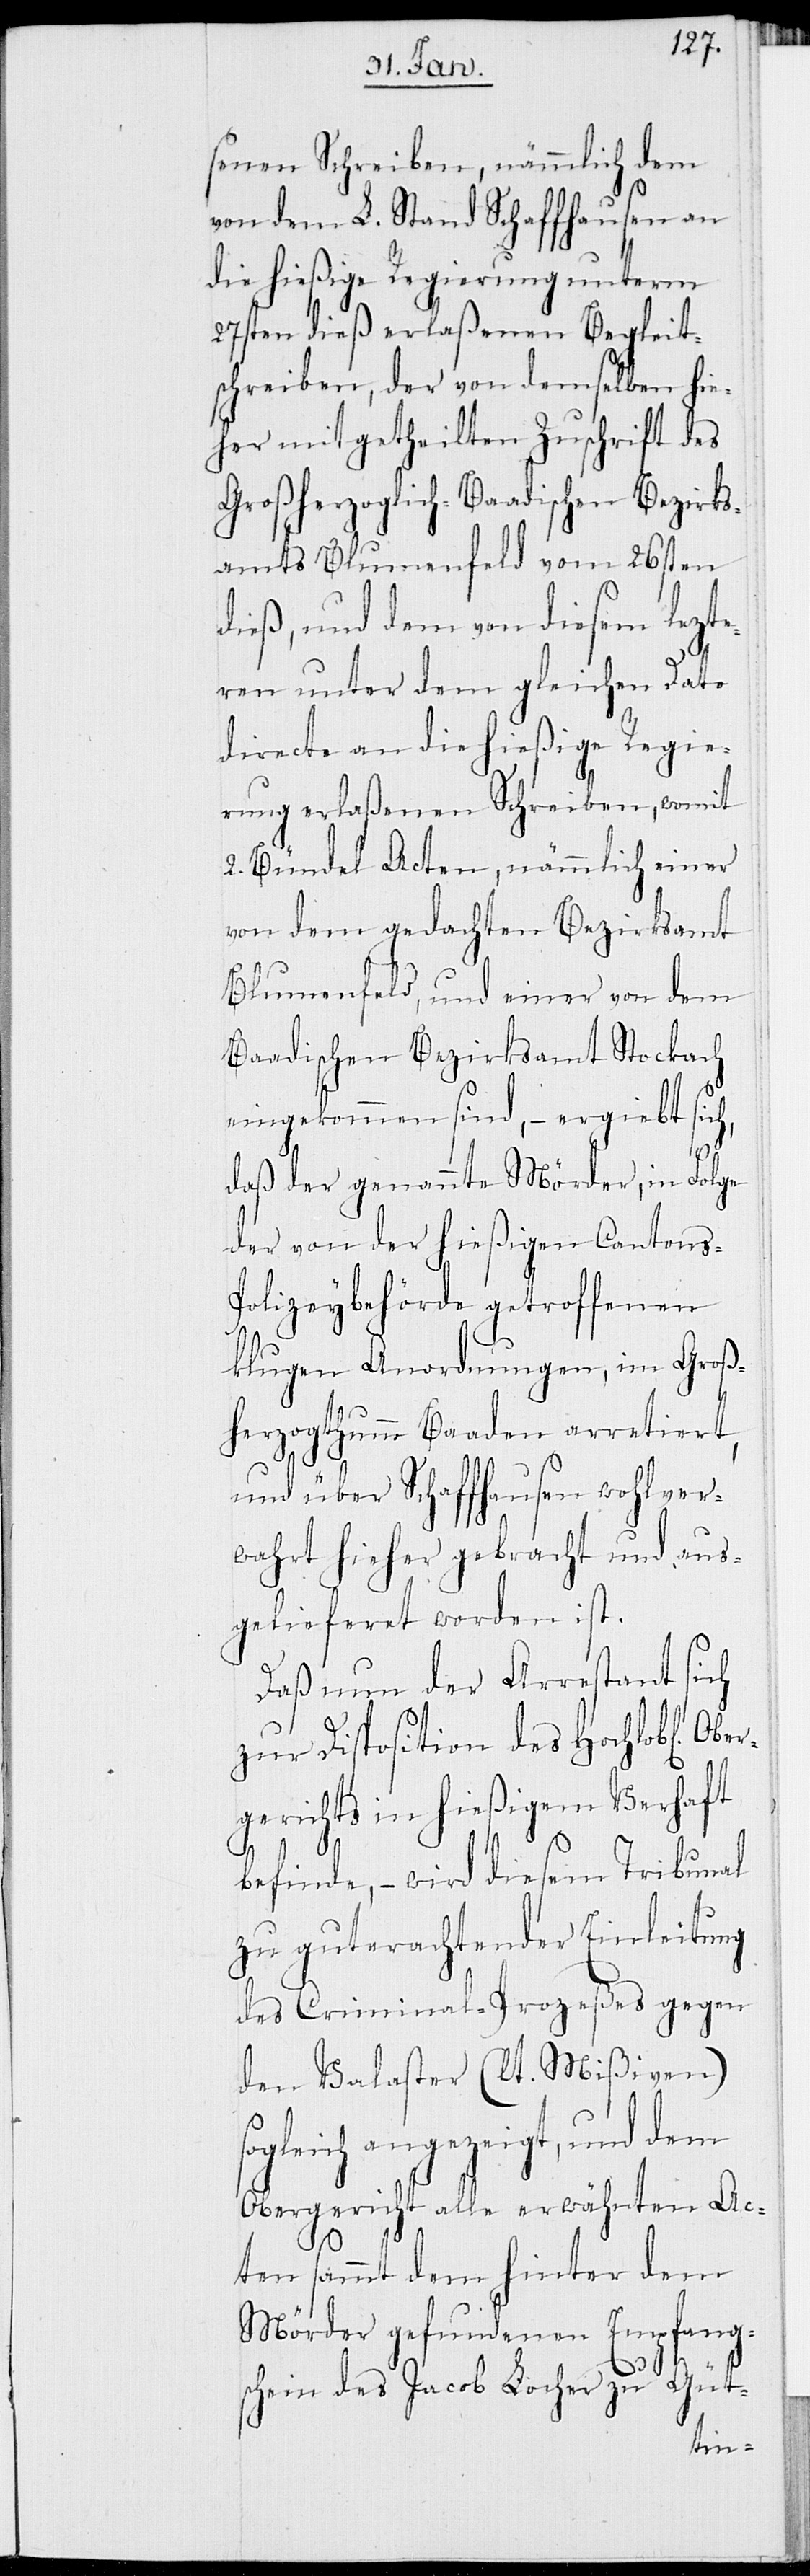
senen Schreiben, nämmlich dem
von dem L. Stand Schaffhausen an
die hießige Regierung unterm
27sten dieß erlaßenen Begleit¬
schreiben, der von demselben hie¬
her mitgetheilten Zuschrift des
Großherzoglich-Baadischen Bezirks¬
amts Blumenfeld vom 26sten
dieß, und dem von diesem lezte¬
ren unter dem gleichen Dato
directe an die hießige Regie¬
rung erlaßenen Schreiben, womit
2. Bündel Acten, nämmlich einer
von dem gedachten Bezirksamt
Blumenfeld, und einer von dem
Baadischen Bezirksamt Stockach
eingekommen sind, – ergiebt sic¬
er¬
daß der genannte Mörder, in Folge
der von der hießigen Cantons-P¬
olizeybehörde getroffenen
klugen Anordnungen, im Groß¬
herzogthum Baaden arretiert,
und über Schaffhausen wohlver¬
wahrt hieher gebracht und aus¬
gelieferet worden ist.
Daß nun der Arrestant sich
zur Disposition des Hochlob[liche¬
gerichts in hießigem Verhaft
befinde, – wird diesem Tribunal
zu guterachtender Einleitung
des Criminal-Prozeßes gegen
den Valaster (lt. Mißiven)
angezeigt, und dem
Obergericht alle erwähnten Ac¬
ten sammt dem hinter dem
Mörder gefundenen Empfang¬
schein des Jacob Locher zu Güt-